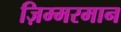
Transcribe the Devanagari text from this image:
ज़िम्मरमान